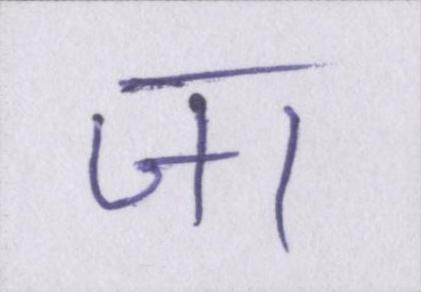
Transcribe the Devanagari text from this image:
जा